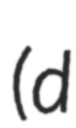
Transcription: (d